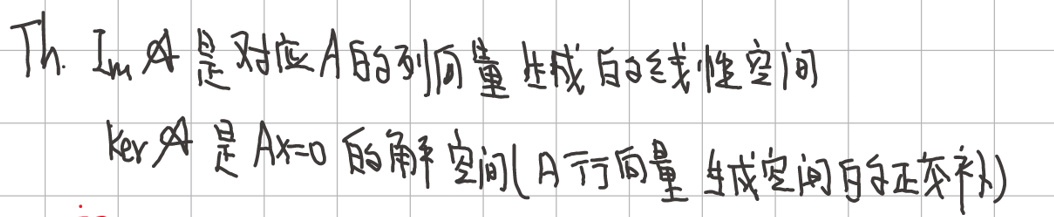
Th. $\text{Im }A$是对应$A$的列向量组成的线性空间

$\text{ker }A$是$Ax = 0$的解空间($A$行向量生成空间的正交补)